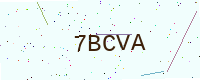
Text: 7BCVA